65_HS1-834228961_62-HQ-83894_Section_7
Agency: FBI
Page 35
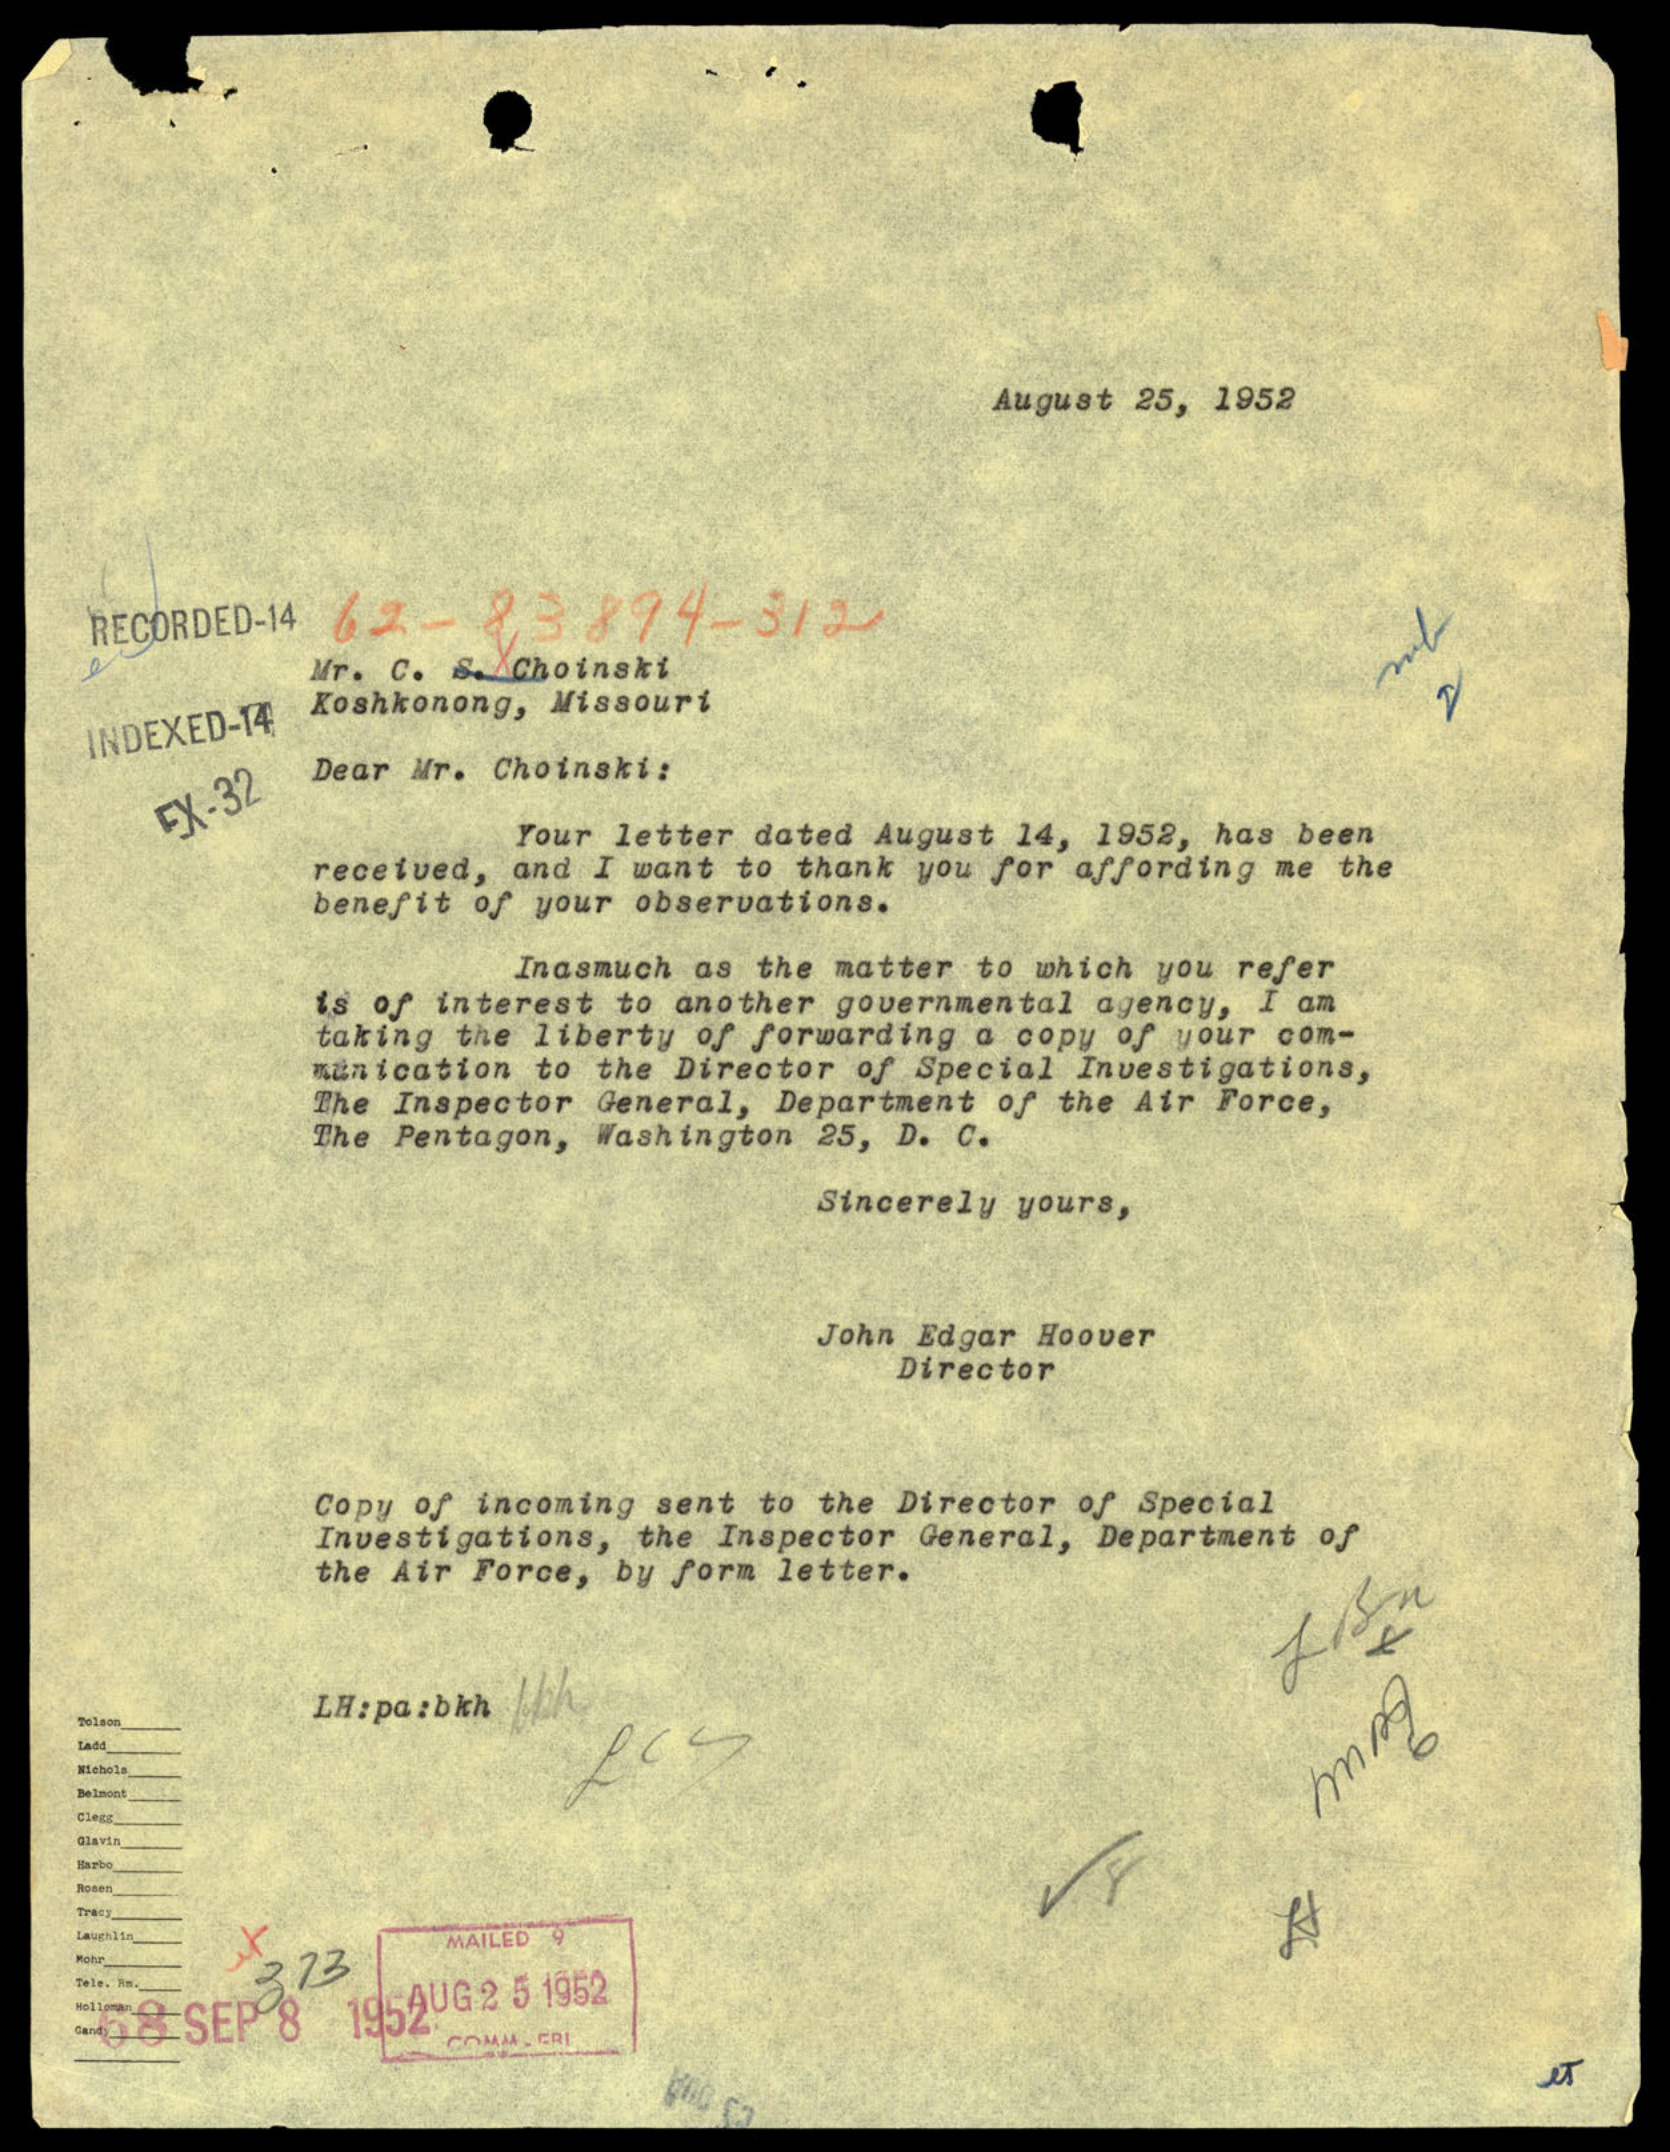